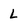
Character: L